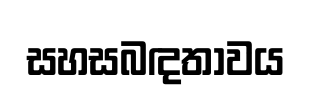
සහසබඳතාවය